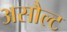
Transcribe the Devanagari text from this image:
असौल्ट